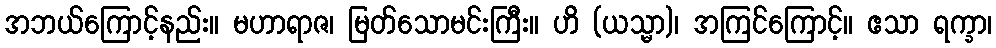
အဘယ်ကြောင့်နည်း။ မဟာရာဇ၊ မြတ်သောမင်းကြီး။ ဟိ (ယသ္မာ)၊ အကြင်ကြောင့်။ ဧသာ ရက္ခာ၊